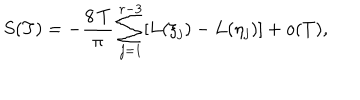
LaTeX: S ( T ) = - \frac { 8 \, T } { \pi } \sum _ { j = 1 } ^ { r - 3 } [ L ( \xi _ { j } ) - L ( \eta _ { j } ) ] + o ( T ) ,